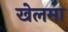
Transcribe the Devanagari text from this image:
खेलमा